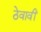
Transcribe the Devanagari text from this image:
ठेवावीं